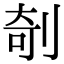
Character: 剞